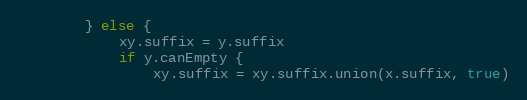
Language: Go
		} else {
			xy.suffix = y.suffix
			if y.canEmpty {
				xy.suffix = xy.suffix.union(x.suffix, true)